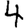
Digit: 4